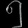
Digit: ၅